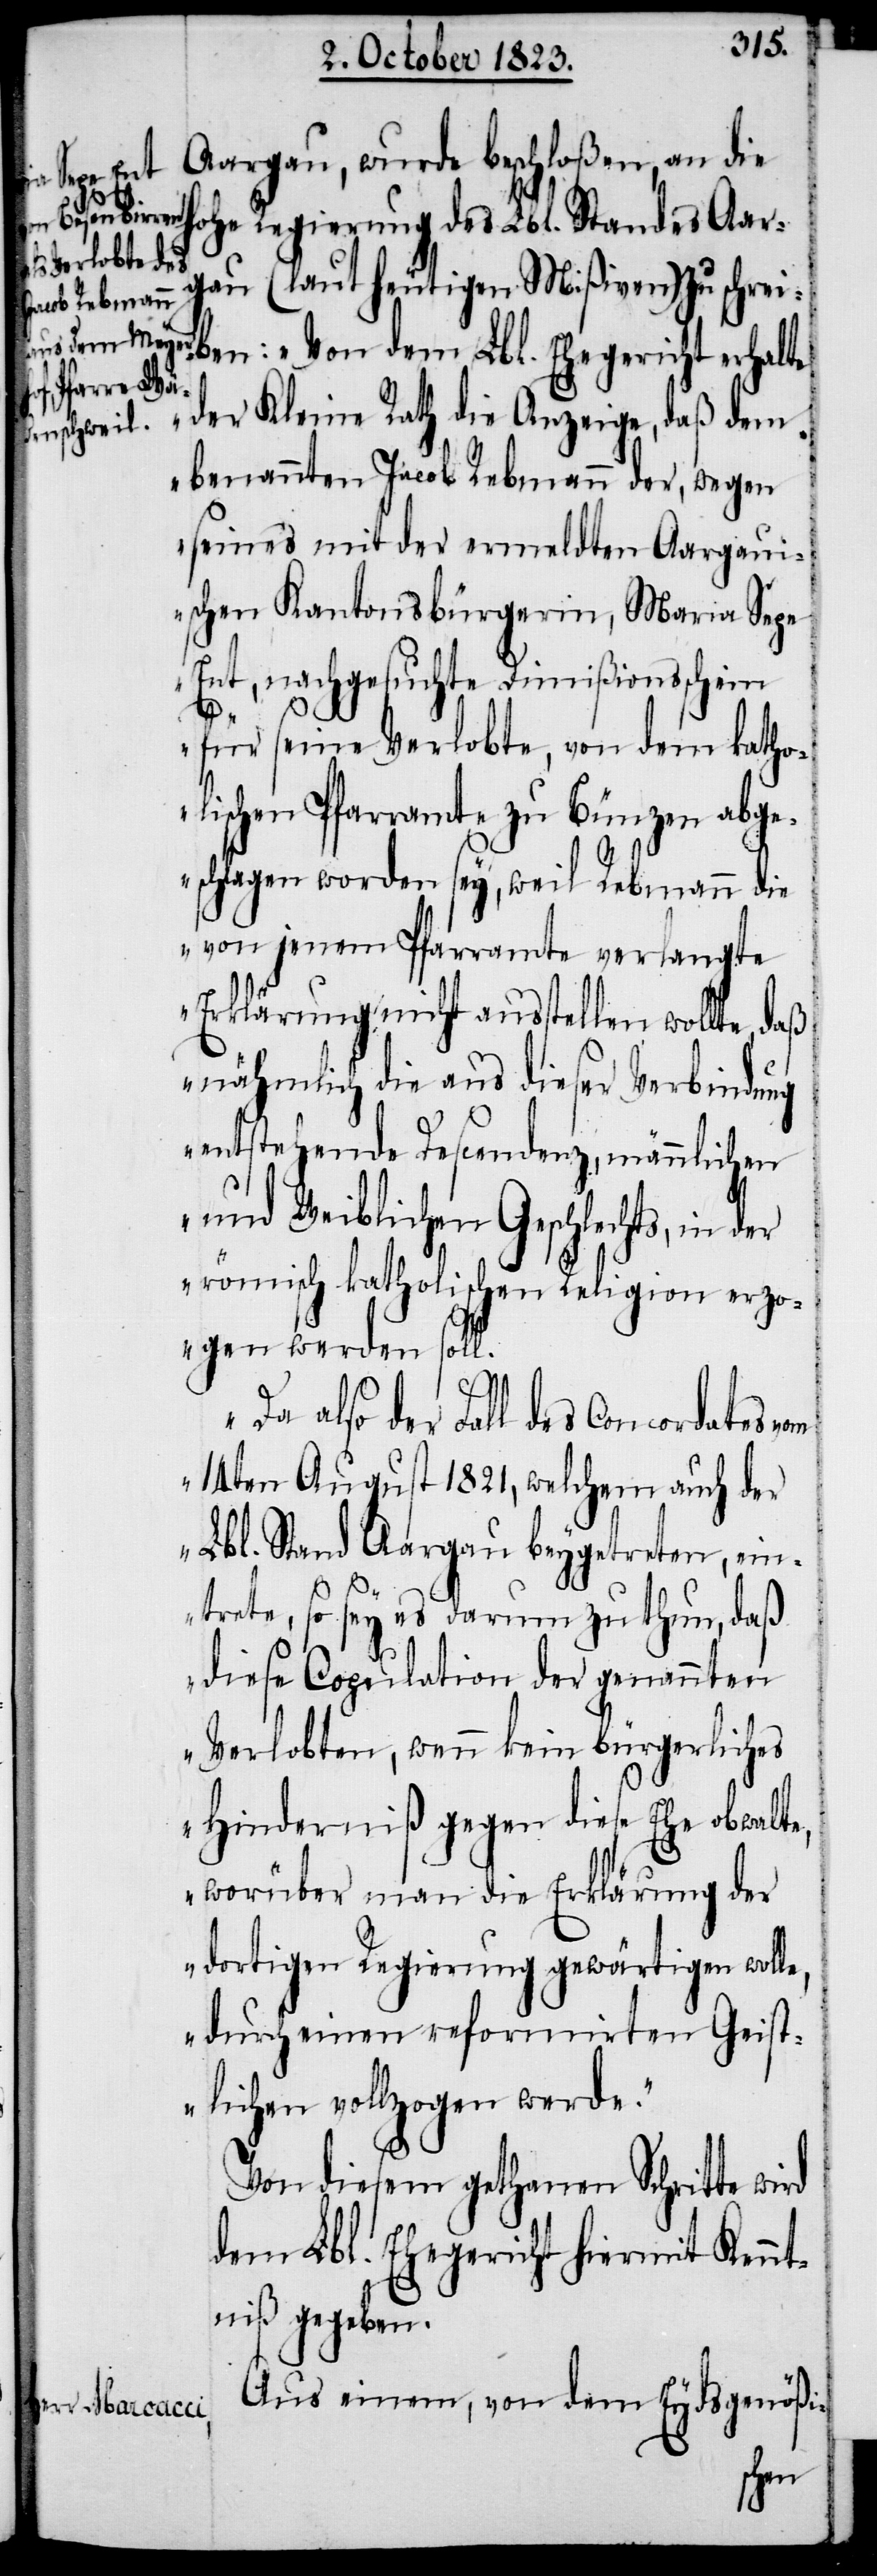
Aargau, wurde beschloßen, an die
hohe Regierung des Lbl. Standes Aar¬
gau (laut heutigen Mißiven) zu schrei¬
ben: „Von dem Lbl. Ehegericht erhalte
der Kleine Rath die Anzeige, daß dem
benannten Jacob Rebmann der, wegen
seines mit der ermeldten Aargau¬
ischen Kantonsbürgerin, Maria Sepe
Ent, nachgesuchte Dimißionsschein
für seine Verlobte, von dem katho¬
lischen Pfarramte zu Bünzen abge¬
schlagen worden sey, weil Rebmann die
von jenem Pfarramte verlangte
Erklärung nicht ausstellen wollte,
nähmlich die aus dieser Verbindung
entstehende Descendenz, männlichen
und weiblichen Geschlechts, in
römisch katholischen Religion erzo¬
gen werden soll.
Da also der Fall des Concordates vom
14ten August 1821, welchem auch der
Lbl. Stand Aargau beygetreten, ein¬
trete, so sey es darum zu thun, daß
diese Copulation der genannten
Verlobten, wenn kein bürgerliches
Hinderniß gegen diese Ehe obwalte,
worüber man die Erklärung der
dortigen Regierung gewärtigen wolle,
durch einen reformirten Geist¬
lichen vollzogen werde.“
Von diesem gethanen Schritte wird
dem Lbl. Ehegericht hiermit Kennt¬
niß gegeben.
Aus einem, von dem Eydsgenößi-